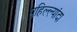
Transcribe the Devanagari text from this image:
पहिल्ल्यांदा